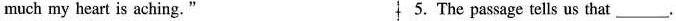
much my heart is aching." 5. The passage tells us that___.